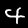
Label: 4